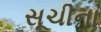
સૂચીના